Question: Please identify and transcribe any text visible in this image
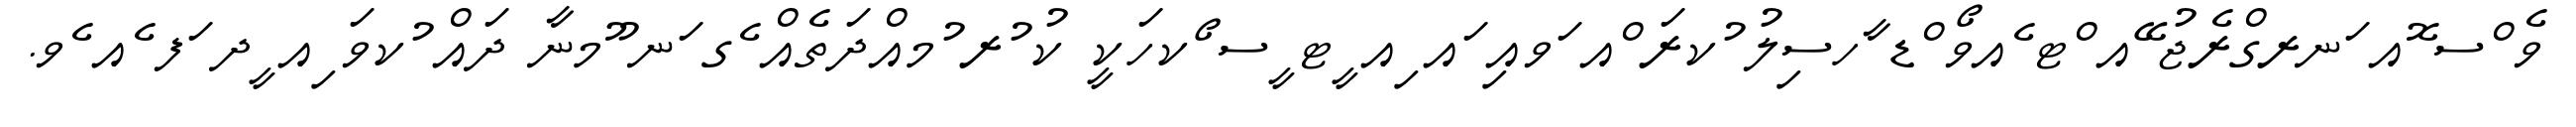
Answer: ވެ ްސ ޮއ ަނރގްރެޖު ޭއ ްޓ ެއވޯ ްޑ ާހސިލު ުކރަ ްއ ަވއި ައ ިއ ީޓ ީސ ޯކހަކީ ކު ުރ ުމއްދަތެއް ެގ ަނ ޫމނާ ދައް ުކވަ ިއ ީދ ަފ ެއ ެވ.